Madras plague regulations in force outside the Presidency town - Volume 7
Disease focus: Plague
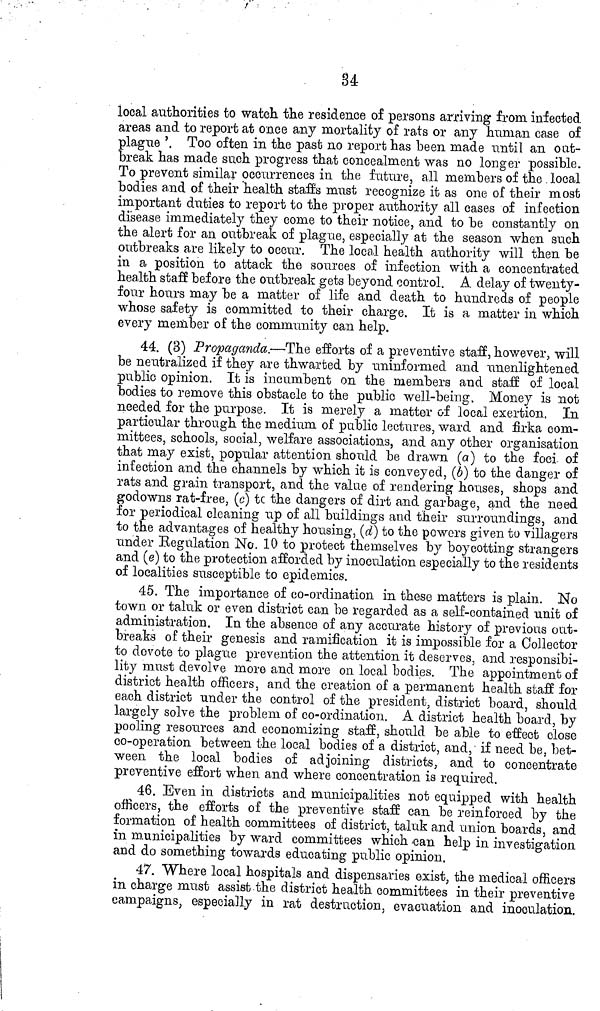
34
local authorities to watch the residence of persons arriving from infected
areas and to report at once any mortality of rats or any human case of
plague '. Too often in the past no report has been made until an oat-
break has made such progress that concealment was no longer possible.
To prevent similar occurrences in the future, all members of the local
bodies and of their health staffs must recognize it as one of their most
important duties to report to the proper authority all cases of infection
disease immediately they come to their notice, and to be constantly on
the alert for an outbreak of plague, especially at the season when such
outbreaks are likely to occur. The local health authority will then be
in a position to attack the sources of infection with a concentrated
health staff before the outbreak gets beyond control. A delay of twenty-
four hours may be a matter of life and death to hundreds of people
whose safety is committed to their charge. It is a matter in which
every member of the community can help.
44. (3) Propaganda.—The efforts of a preventive staff, however, will
be neutralized if they are thwarted by uninformed and unenlightened
public opinion. It is incumbent on the members and staff of local
bodies to remove this obstacle to the public well-being. Money is not
needed for the purpose. It is merely a matter of local exertion. In
particular through the medium of public lectures, ward and firka com-
mittees, schools, social, welfare associations, and any other organisation
that may exist, popular attention should be drawn (a] to the foci of
infection and the channels by which it is conveyed, (b] to the danger of
rats and grain transport, and the value of rendering houses, shops and
godowns rat-free, (cj tc the dangers of dirt and garbage, and the need
for periodical cleaning up of all buildings and their surroundings, and
to the advantages of healthy housing, (d} to the powers given to villagers
under Kegulation No. 10 to protect themselves by boycotting strangers
and (e) to the protection afforded by inoculation especially to the residents
of localities susceptible to epidemics.
45. The importance of co-ordination in these matters is plain. No
town or taluk or even district can be regarded as a self-contained unit of
administration. In the absence of any accurate history of previous out-
breaks of their genesis and ramification it is impossible for a Collector
to devote to plague prevention the attention it deserves, and responsibi-
lity must devolve more and more 011 local bodies. The appointment of
district health officers, and the creation of a permanent health staff for
each district under the control of the president, district board, should
largely solve the problem of co-ordination. A district health board, by
pooling resources and economizing staff, should be able to effect close
co-operation between the local bodies of a district, and, if need be, bet-
ween the local bodies of adjoining districts, and to concentrate
preventive effort when and where concentration is required.
46. Even in districts and municipalities not equipped with health
officers, the efforts of the preventive staff can be reinforced by the
formation of health committees of district, taluk and union boards, and
in municipalities by ward committees which -can help in investigation
and do something towards educating public opinion.
47. Where local hospitals and dispensaries exist, the medical officers
in charge must assist the district health committees in their preventive
campaigns, especially in rat destruction, evacuation and inoculation.